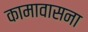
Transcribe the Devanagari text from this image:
कामावासना